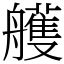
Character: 艧